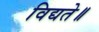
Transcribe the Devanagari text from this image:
विद्यते॥